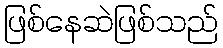
ဖြစ်နေဆဲဖြစ်သည်